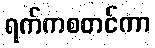
ရက်ကစတင်ကာ